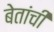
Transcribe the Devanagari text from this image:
बेतांची